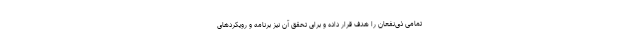
تمامی ذی‌نفعان را هدف قرار داده و برای تحقق آن نیز برنامه و رویکردهای